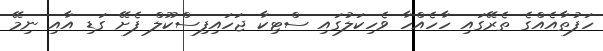
ހަފުތާއެއްގެ ތެރޭގައި ހާހެއްހާ ވެހިކަލުގައި ސްޓިކާ ޖަހައިފިސްކޫލް ފެށޭ ގަޑި އާއި ނިމޭ